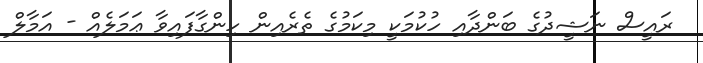
ރައީސް ނަޝީދުގެ ބަންދާއި ހުކުމަކީ މިކަމުގެ ތެރެއިން ހިންގާފައިވާ ޢަމަލެއް - އަމާލް